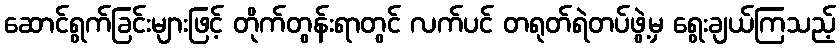
ဆောင်ရွက်ခြင်းများဖြင့် တိုက်တွန်းရာတွင် လက်ပင် တရုတ်ရဲတပ်ဖွဲ့မှ ရွေးချယ်ကြသည့်